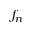
f _ { n }